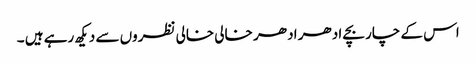
اس کے چار بچے ادھر اد ھر خالی خالی نظروں سے دیکھ رہے ہیں ۔